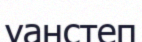
уанстеп